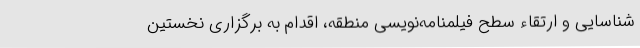
شناسایی و ارتقاء سطح فیلمنامه‌نویسی منطقه، اقدام به برگزاری نخستین